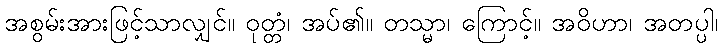
အစွမ်းအားဖြင့်သာလျှင်။ ဝုတ္တံ၊ အပ်၏။ တသ္မာ၊ ကြောင့်။ အဝိဟာ၊ အတပ္ပါ၊